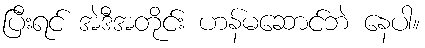
ပြီးရင် အဲဒီအတိုင်း ဟန်မဆောင်ဘဲ နေပါ။